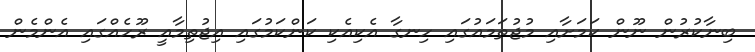
ބިނާކުރުން ނޫން ކަމަށާއި މުޖުތަމައުގައި ހިނގާ އެކިއެކި ކަންކަމުގައި އިޖުތިމާއީ ރޫހެއްގައި އެންމެން